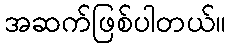
အဆက်ဖြစ်ပါတယ်။